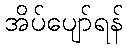
အိပ်ပျော်ရန်